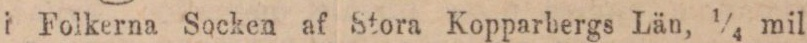
i Folkerna Socken af Stora Kopparbergs Län, ¼ mil